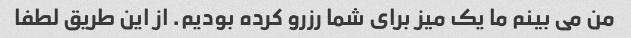
من می بینم ما یک میز برای شما رزرو کرده بودیم. از این طریق لطفا